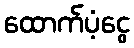
ထောက်ပံ့ငွေ